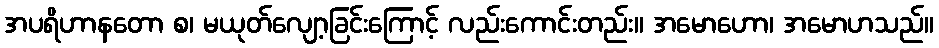
အပရိဟာနတော စ၊ မယုတ်လျော့ခြင်းကြောင့် လည်းကောင်းတည်း။ အမောဟော၊ အမောဟသည်။